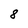
Character: 8